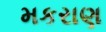
મકરાણ